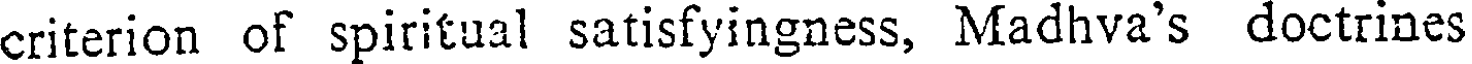
criterion of spiritual satisfyingness, Madhva's doctrines